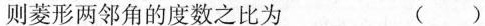
则菱形两邻角的度数之比为 ( )